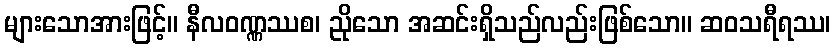
များသောအားဖြင့်။ နီလဝဏ္ဏဿစ၊ ညိုသော အဆင်းရှိသည်လည်းဖြစ်သော။ ဆဝသရီရဿ၊